Kassari_(Keina)_vallavalitsus, lk 64
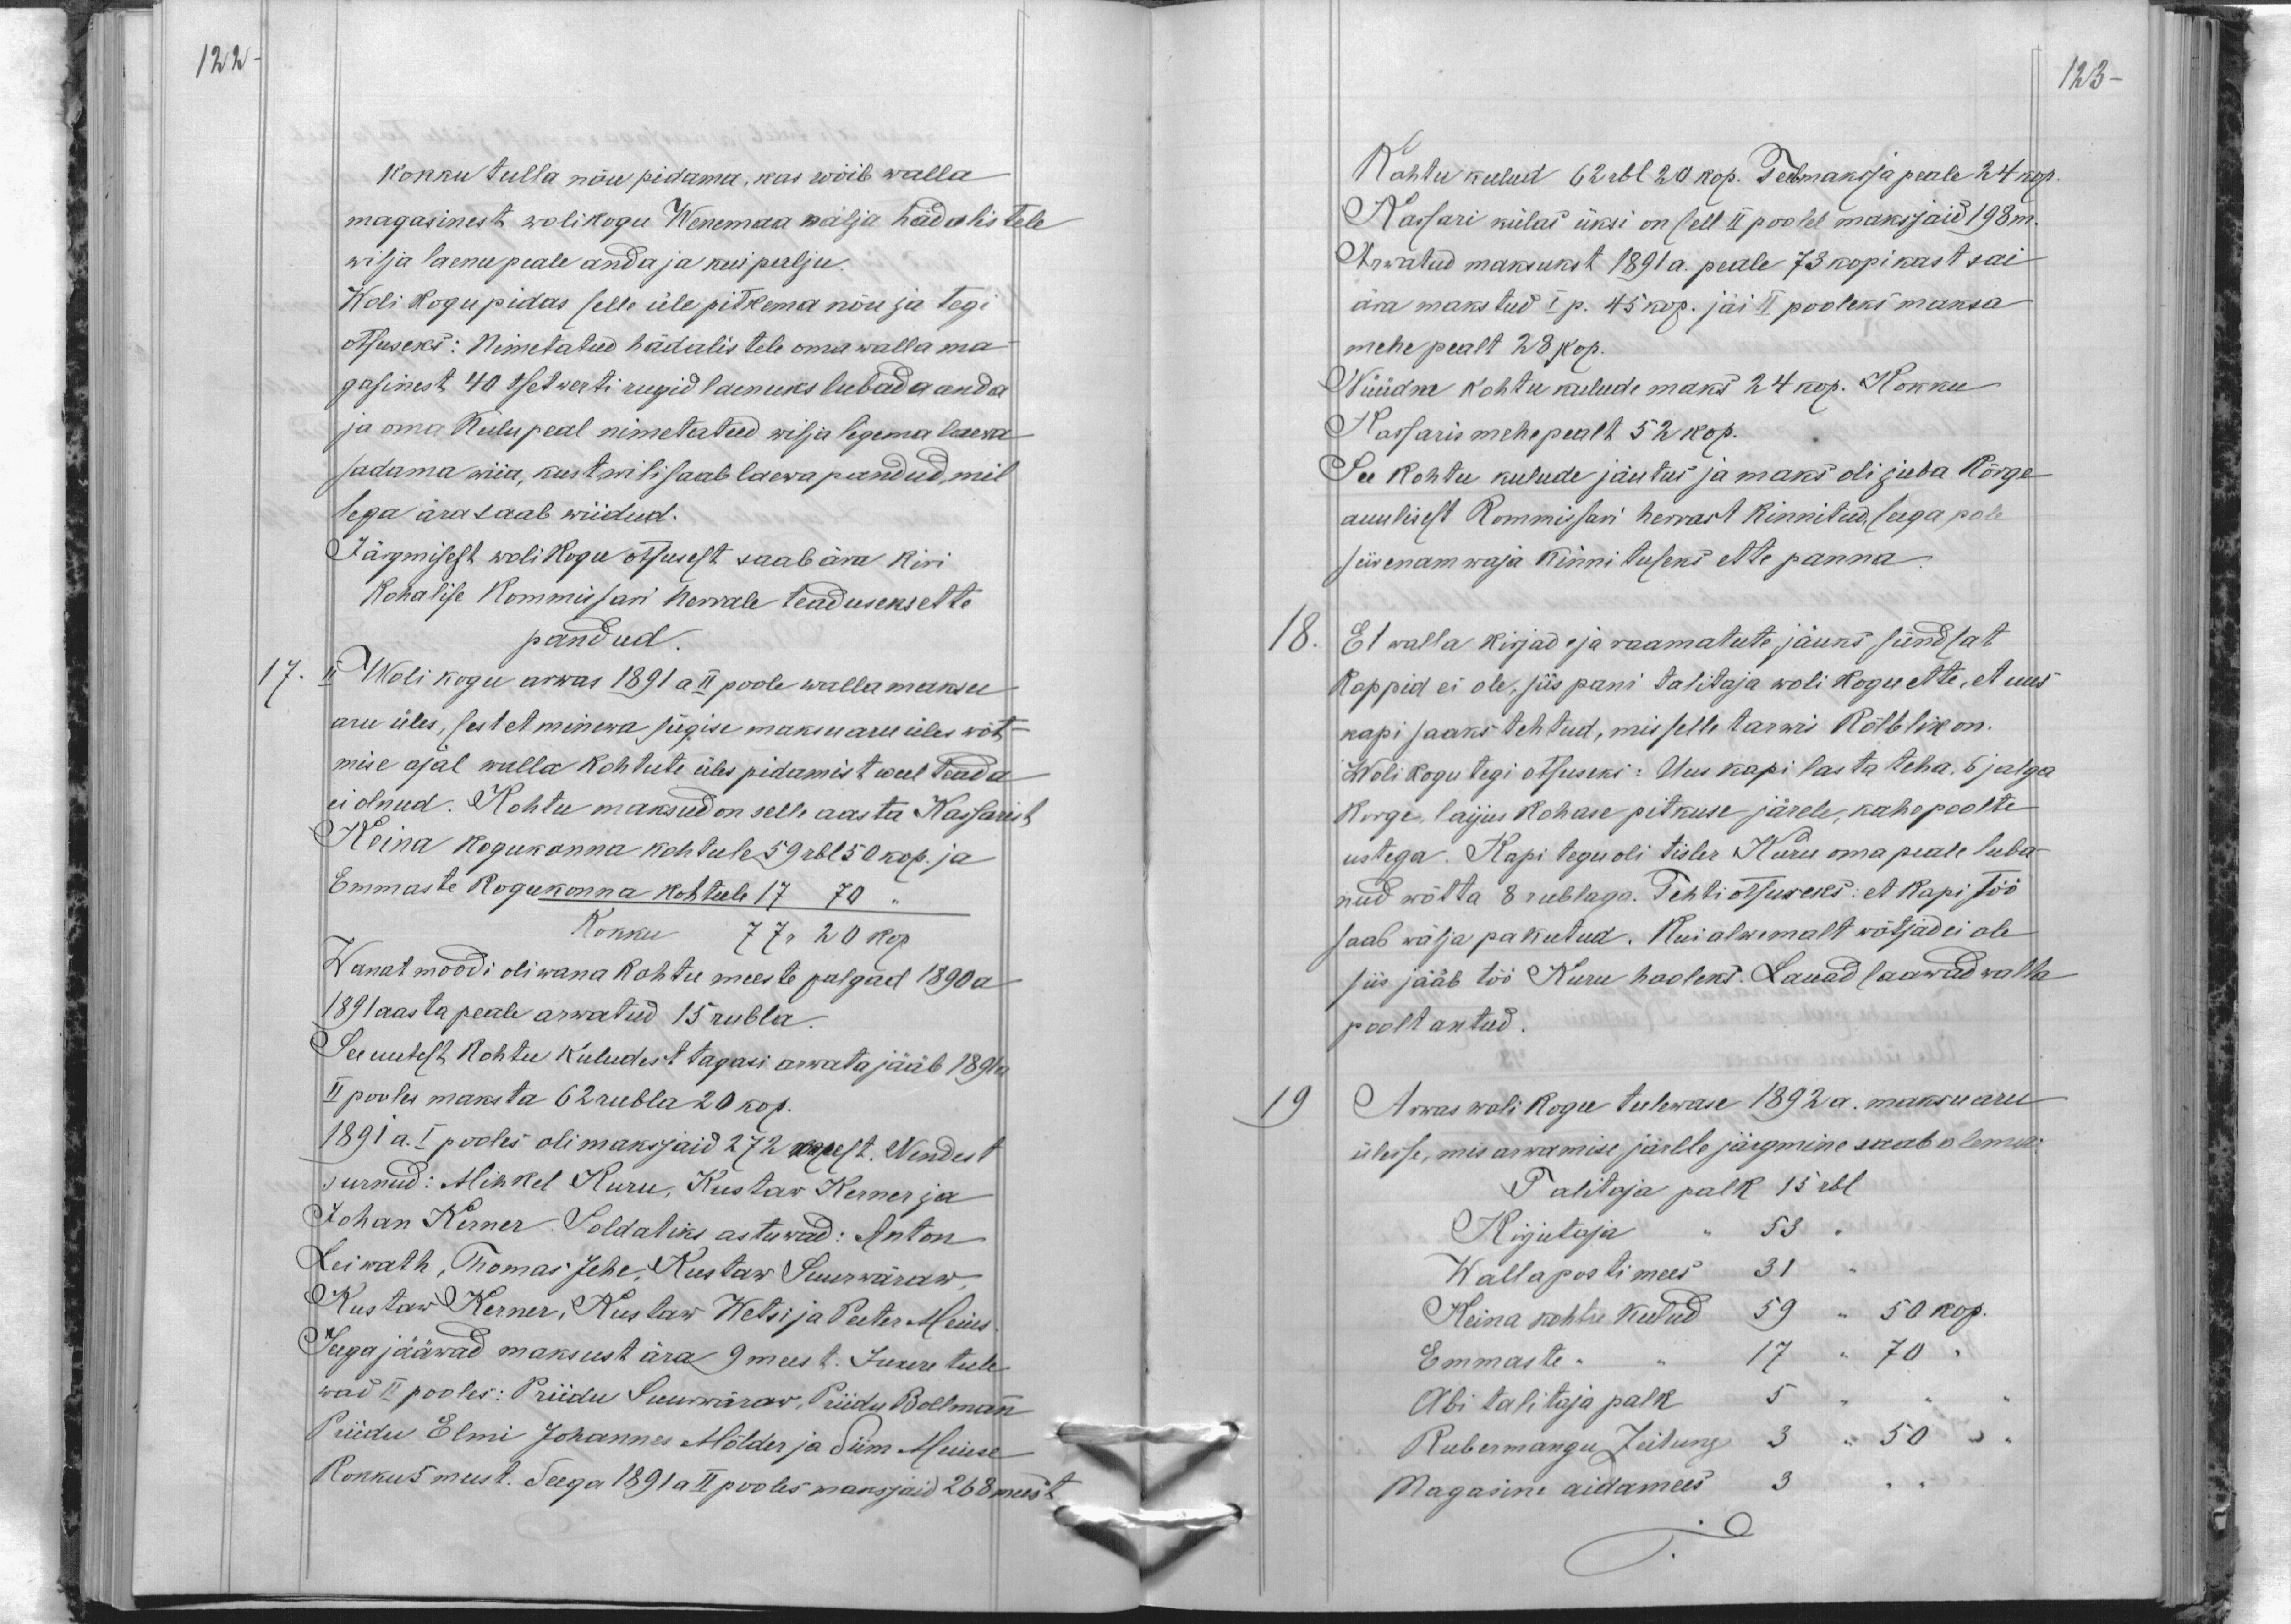
122
kokku tulla nõu pidama, kas wõib walla
magasinest wolikogu Wenemaa nälja hädalistele
wilja laenu peale anda ja kui palju.
Woli kogu pidas selle üle pitkema nõu ja tegi
otsuseks: Nimetatud hädalistele oma walla ma-
gasinest 40 tsetwerti rugid laenuks lubada anda
ja oma kulu peal nimetatud wilja ligema laeva
sadama wiia, kust wili saab laewa pandud, mil-
lega ära saab wiidud.
Järgmisest wolikogu otsusest saab ära kiri
Kohalise Kommisari herrale teaduseks ette
pandud.
17.
II Woli kogu arwas 1891 a II poole wallamaksu
aru üles, sest et minewa sügise maksu aru üles wõt-
mise ajal walla kohtute üles pidamist weel teada
ei olnud. Kohtu maksud on selle aasta Kassarist
Keina kogukonna kohtule 59 rbl 50 kop. ja
Emmaste kogukonna kohtule 17 70.
Kokku
77 r 20 kop
Wanat moodi oli wana kohtu meeste palgad 1890 a
1891 aasta peale arwatud 15 rubla.
See uutest kohtu kuludest tagasi arwata jääb 1891 a
II pooles maksta 62 rubla 20 kop.
1891 a. I pooles oli maksjaid 272 meest. Nendest
surnud: Mihkel Kuru, Kustaw Kerner ja
Johan Kerner. Soldatiks astuwad: Anton
Leiwath, Thomas Jehe, Kustaw Suurwäraw,
Kustaw Kerner, Kustaw Wetsi ja Peeter Meius.
Seega jääwad maksust ära 9 meest. Juure tule-
wad II pooles: Priidu Suurwäraw, Priidu Bollmann
Priidu Elmi Johannes Mölder ja Siim Meiuse
Kokku 5 meest. Seega 1891 a II pooles maksjaid 268 meest

123
Kohtu kulud 62 rbl 20 kop. Teeb maksja peale 24 kop
Kassari külas üksi on sell II poolel maksjaid 198 m.
Arwatud maksukst 1891 a. peale 73 kopikast sai
ära makstud I p. 45 kop. jäi II pooleks maksa
mehe pealt 28 kop.
Nüüdne kohtu kulude maks 24 kop. Kokku
Kassaris mehepealt 52 kop.
See kohtu kulude jäutus ja maks oli juba Kõrge
auulisest Kommissari herrast kinnitud, seega pole
siis enam waja kinnituseks ette panna.
18.
Et walla kirjad ja raamatute jäuks sündsat
Kappid ei ole, siis pani talitaja woli kogu ette, et uus
kapi saaks tehtud, mis selle tarwis kõlblik on.
Wolikogu tegi otsuseks: Uus kapi lasta teha. 6 jalga
korge, laijus kohase pitkuse järele, kahe poolte
ustega. Kapi tegu oli tisler Kuru oma peale luba-
nud wõtta 8 rublaga. Tehti otsuseks: et kapi töö
saab wälja pakutud. Kui alwemalt wõtjad ei ole
siis jääb töö Kuru hooleks. Lauad saawad walla
poolt antud.
19
Arwas woli kogu tulewase 1892 a. maksu aru
ülesse, mis arwamise järlle järgmine saab olema.
Talitaja palk 15 rbl.
Kirjutaja " 53 "
Walla postimees 31
Keina kohtu kulud 59 " 50 kop.
Emmaste" " 17 " 70 "
Abi talitaja palk 5 " "
Kubermangu Zeitung 3 " 50 "
Magasine aidamees 3 " "